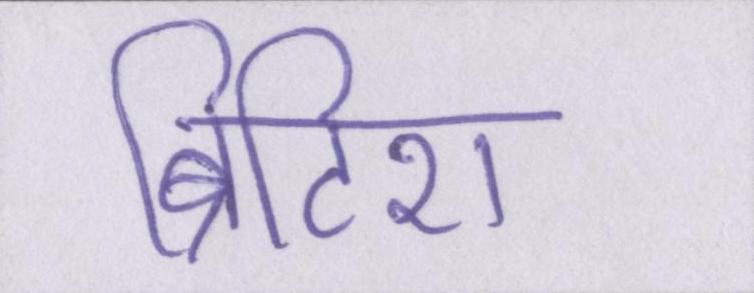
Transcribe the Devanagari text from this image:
ब्रिटिश